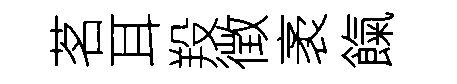
茗耳羖徴袤餼